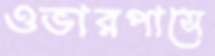
ওভারপাসে